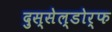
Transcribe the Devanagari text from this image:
दुस्सेल्डोर्फ